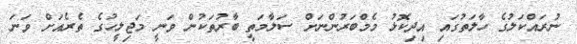
ނުރައްކަލުގެ ހާލަތުގައި އިދިކޮޅު މެމްބަރުންނަށް ސަލާމަތީ ބާރުތަކުން ވަނީ މަޖިލީހުގެ ތެރެއަށް ވަނަ